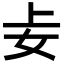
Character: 𪥤